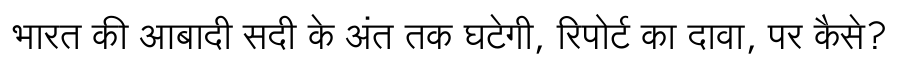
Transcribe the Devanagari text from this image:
भारत की आबादी सदी के अंत तक घटेगी, रिपोर्ट का दावा, पर कैसे?